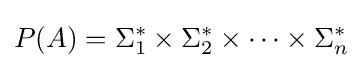
P(A)=\Sigma _{1}^{*}\times \Sigma _{2}^{*}\times \cdots \times \Sigma _{n}^{*}